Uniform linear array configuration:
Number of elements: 16
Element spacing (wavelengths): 0.5
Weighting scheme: blackman
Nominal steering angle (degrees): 60
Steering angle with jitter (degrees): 60.073
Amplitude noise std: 0.05
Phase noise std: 0.05

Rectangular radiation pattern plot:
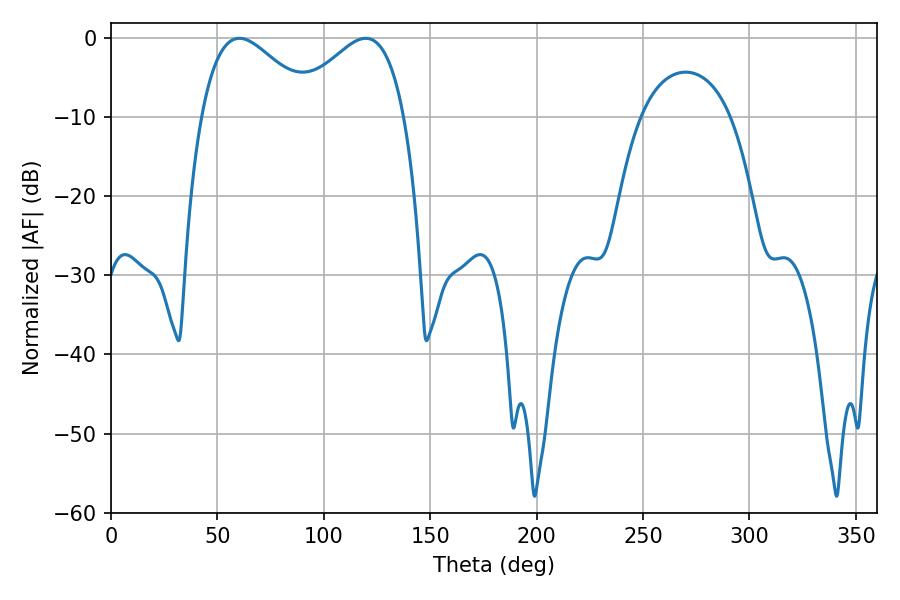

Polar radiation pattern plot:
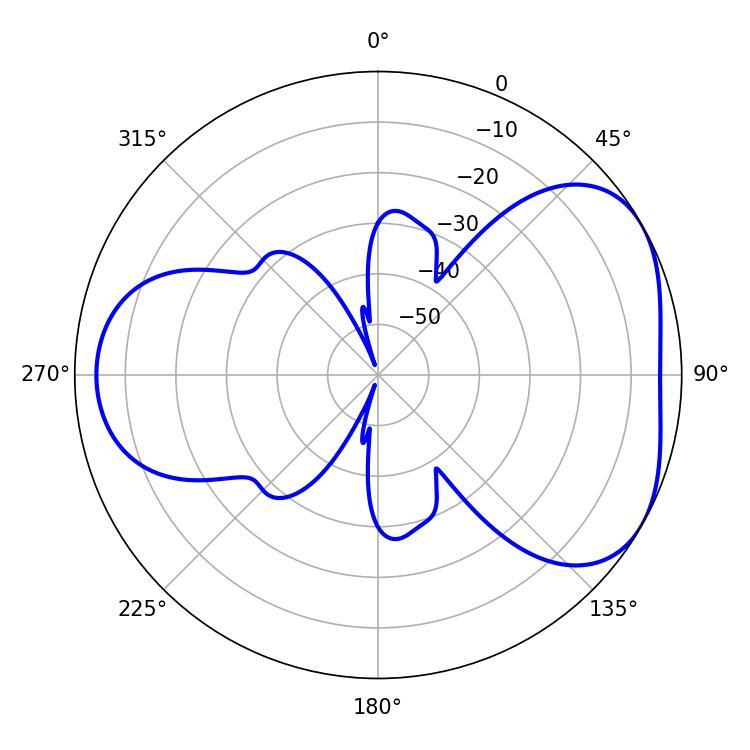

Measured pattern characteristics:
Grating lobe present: FALSE
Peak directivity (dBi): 4.445
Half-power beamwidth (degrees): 28.62
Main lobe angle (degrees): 60.3